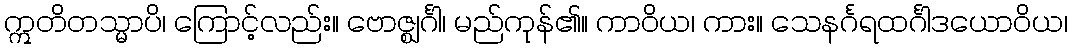
ဣတိတသ္မာပိ၊ ကြောင့်လည်း။ ဗောဇ္ဈင်္ဂါ၊ မည်ကုန်၏။ ကာဝိယ၊ ကား။ သေနင်္ဂရထင်္ဂါဒယောဝိယ၊